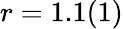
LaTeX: r=1.1(1)